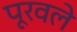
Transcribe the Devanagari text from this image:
पूरवले